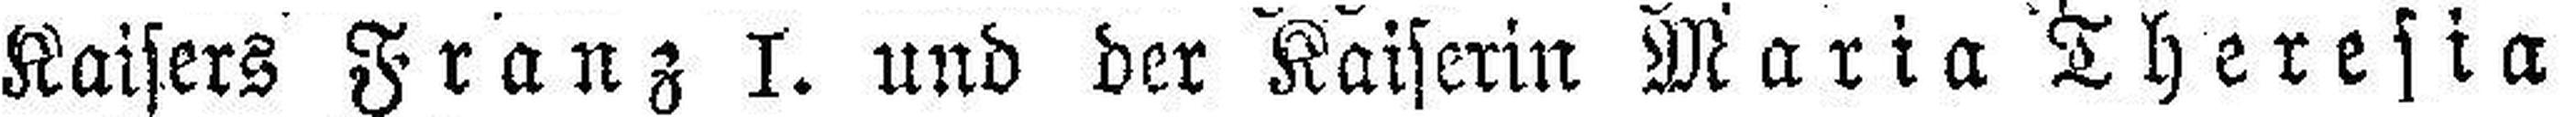
Kaisers Franz I. und der Kaiserin Maria Theresia